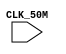
module timers(CLK_50M);
	input wire CLK_50M;
	
	reg[5:0] cnt;
	reg timer_us = 0;
	reg[9:0] cnt_us;
	reg timer_ms = 0;
	//prescaler
	always @(posedge CLK_50M)
	begin
			cnt <= cnt + 1;
			if(cnt == 5'h32 ) //count to 50
			begin
				cnt <= 0;
				timer_us <= timer_us ^ 1; //toggle
			end
	end
	always @(posedge timer_us)
	begin
		cnt_us <= cnt_us + 1;
		if(cnt_us == 10'h3e8) //count to 1000 (1ms)
		begin
			timer_ms <= timer_ms ^ 1; //toggle
			cnt_us = 0;
	   end
	end

endmodule